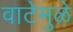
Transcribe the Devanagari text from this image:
वाटेमुळे